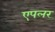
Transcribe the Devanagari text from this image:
एपलर